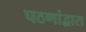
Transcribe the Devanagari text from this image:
पठणांद्वारा